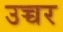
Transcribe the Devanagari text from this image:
उच्चर